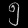
Digit: ၅